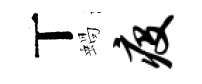
丅蝸疫